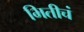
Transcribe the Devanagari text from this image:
भितीचं